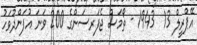
އޭޕްރީލް 13  1943 - ތޯމަސް ޖެފަރސަންގެ 200 ވަނަ އުފަންދުވަހު